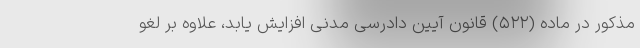
مذکور در ماده (۵۲۲) قانون آیین دادرسی مدنی افزایش یابد، علاوه بر لغو